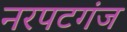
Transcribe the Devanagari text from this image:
नरपटगंज